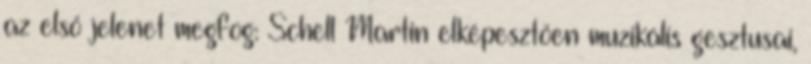
az első jelenet megfog: Schell Martin elképesztően muzikális gesztusai,